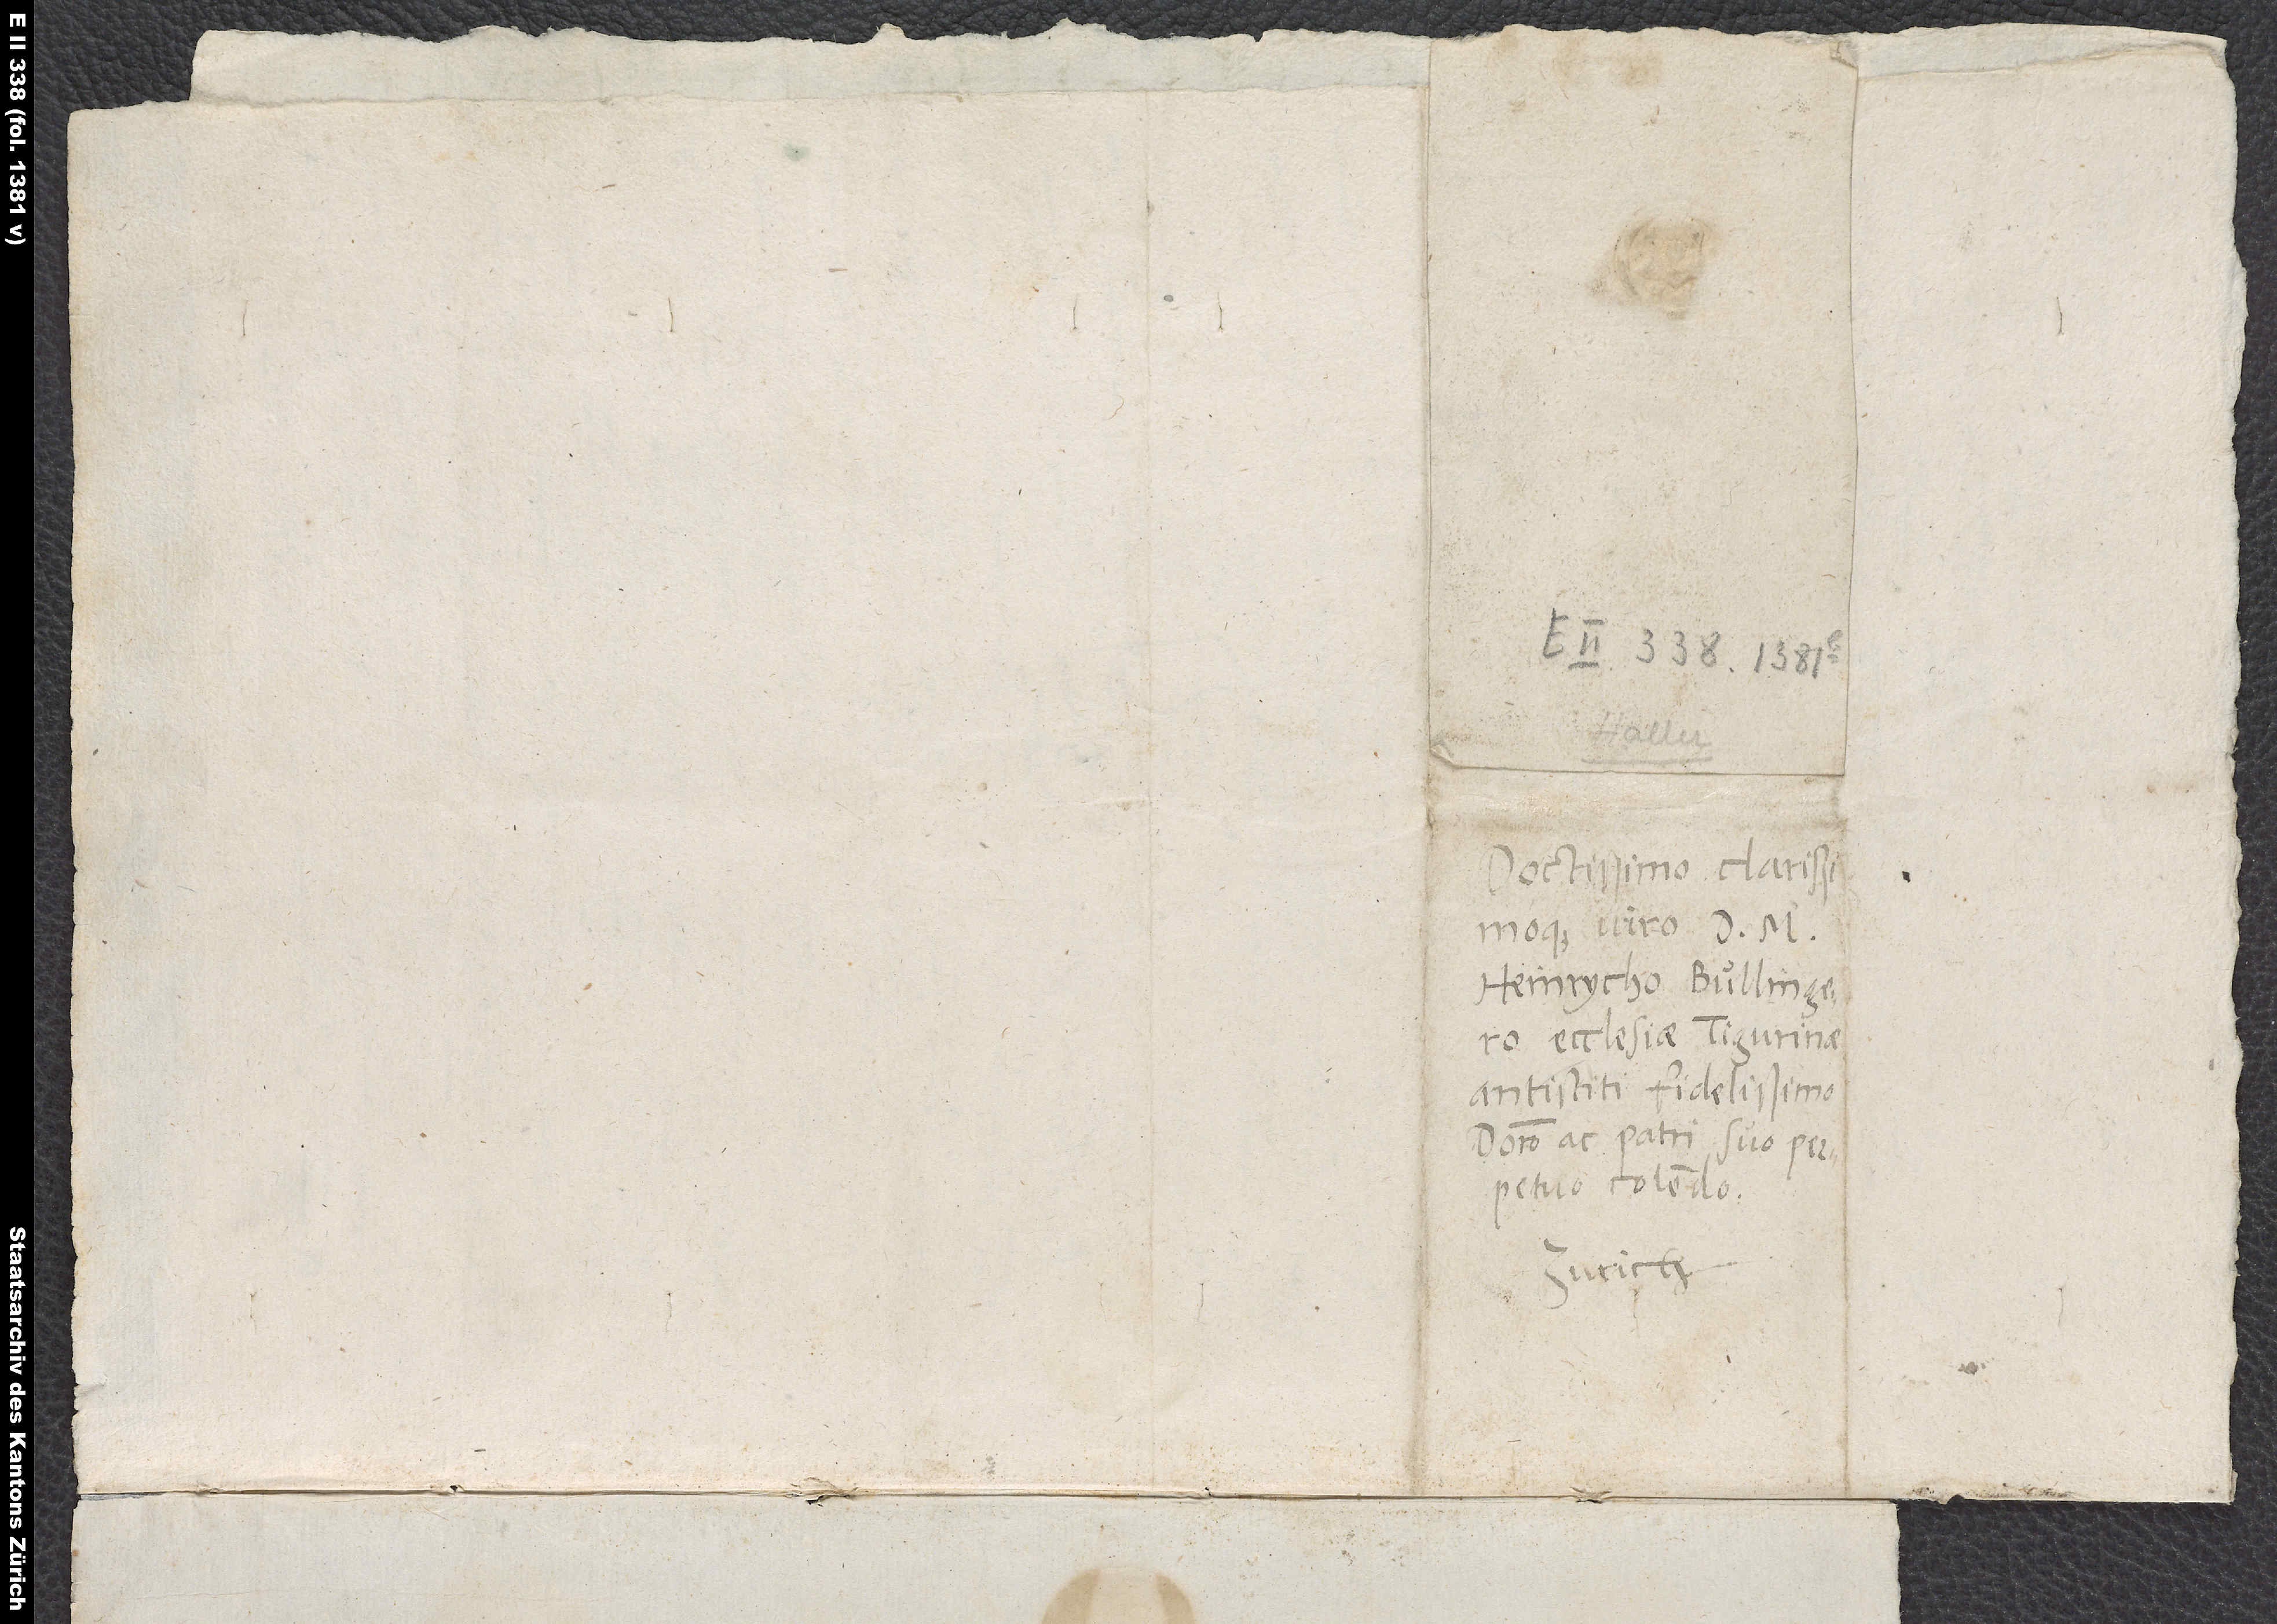
Doctissimo clarissimoque
viro d. M.
Heinrycho Bullingero,
ecclesiae Tigurinae
antistiti fidelissimo,
domino ac patri suo
perpetuo colendo.
Zurich.